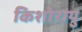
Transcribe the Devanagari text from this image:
किशोरायु